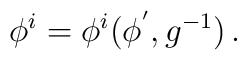
\phi^{i}=\phi^{i}(\phi^{'},g^{-1})\,.